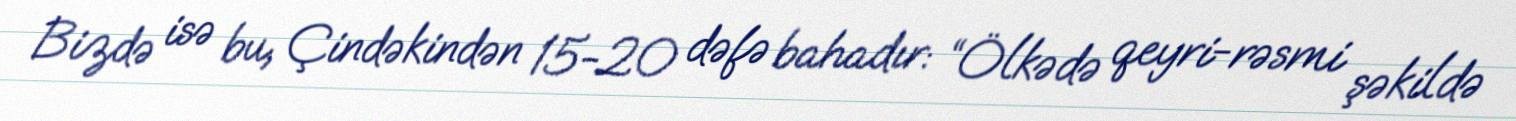
Bizdə isə bu, Çindəkindən 15-20 dəfə bahadır: “Ölkədə qeyri-rəsmi şəkildə